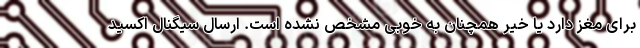
برای مغز دارد یا خیر همچنان به خوبی مشخص نشده است. ارسال سیگنال اکسید